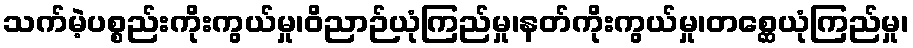
သက်မဲ့ပစ္စည်းကိုးကွယ်မှု၊ဝိညာဉ်ယုံကြည်မှု၊နတ်ကိုးကွယ်မှု၊တစ္ဆေယုံကြည်မှု၊